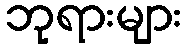
ဘုရားများ